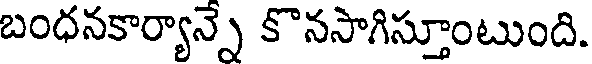
బంధనకార్యాన్నే కొనసాగిస్తూంటుంది.